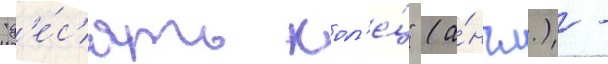
"д'е́с'ять кол'е́ц" (а́нгл.) -